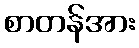
စာတန်အား